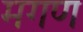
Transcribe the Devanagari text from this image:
मगण